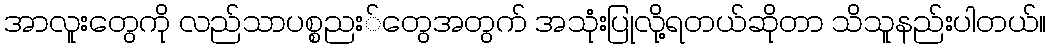
အာလူးတွေကို လည်သာပစ္စညး်တွေအတွက် အသုံးပြုလို့ရတယ်ဆိုတာ သိသူနည်းပါတယ်။